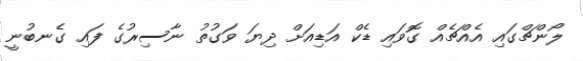
ލޯންޗްގައި އެއްޗެއް ގޮވައި ޑެކް އަޑިއަށް ދިޔަ ވަގުތު ނާސިރުގެ ފައި ގެނބުނީ